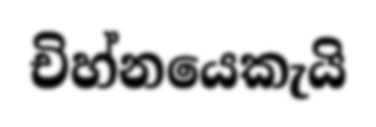
චිහ්නයෙකැයි